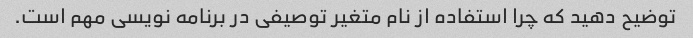
توضیح دهید که چرا استفاده از نام متغیر توصیفی در برنامه نویسی مهم است.